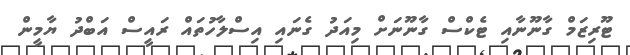
ޓޫރިޒަމް ގާނޫނާއި ޓެކްސް ގާނޫނަށް މިއަދު ގެނައި އިސްލާހުތައް ރައީސް އަބްދު ޔާމީން